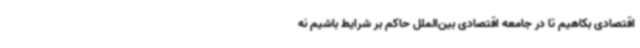
اقتصادی بکاهیم تا در جامعه اقتصادی بین‌الملل حاکم بر شرایط باشیم نه